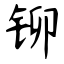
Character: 铆